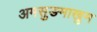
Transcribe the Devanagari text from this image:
अमसुङमाखुम